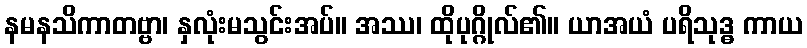
နမနသိကာတဗ္ဗာ၊ နှလုံးမသွင်းအပ်။ အဿ၊ ထိုပုဂ္ဂိုလ်၏။ ယာအယံ ပရိသုဒ္ဓ ကာယ